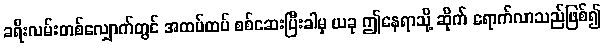
ခရီးလမ်းတစ်လျှောက်တွင် အထပ်ထပ် စစ်ဆေးပြီးခါမှ ယခု ဤနေရာသို့ ဆိုက် ရောက်လာသည်ဖြစ်၍